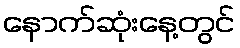
နောက်ဆုံးနေ့တွင်